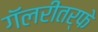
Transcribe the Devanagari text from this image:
गॅलरीतर्फे